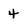
Character: 4